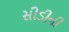
સીડીની